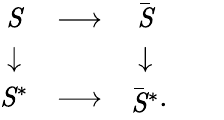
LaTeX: \begin{array}{ccc}{{\mathit S}}\\ {{\downarrow}}\\ {{{\mathit S}^{*}}}\end{array}\begin{array}{ccc}{{}}&{{\longrightarrow}}&{{}}\\ {{}}&{{}}&{{}}\\ {{}}&{{\longrightarrow}}&{{}}\end{array}\begin{array}{ccc}{{{\bar{\mathit S}}}}\\ {{\downarrow}}\\ {{{\bar{\mathit S}}^{*}}}\end{array}\begin{array}{ccc}{{}}&{{}}&{{}}\\ {{}}&{{}}&{{}}\\ {{.}}\end{array}